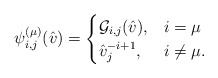
\begin{align*} \psi_{i,j}^{(\mu)}(\hat{v})=\begin{cases}\mathcal{G}_{i,j}(\hat{v}), & i=\mu \\ \hat{v}_j^{-i+1}, & i\neq \mu. \end{cases}\end{align*}